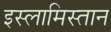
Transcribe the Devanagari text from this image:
इस्लामिस्तान